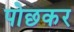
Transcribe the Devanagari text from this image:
पोछकर